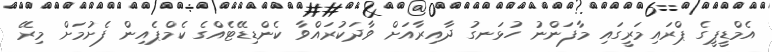
އެމްޑީޕީގެ ޕްރައިމަރީގައި މާފަންނު ހުޅަނގު ދާއިރާއަށް ވާދަކުރައްވާ ކެންޑިޑޭޓެއްގެ ކެމްޕެއިން ފެށުމަށް މިރޭ